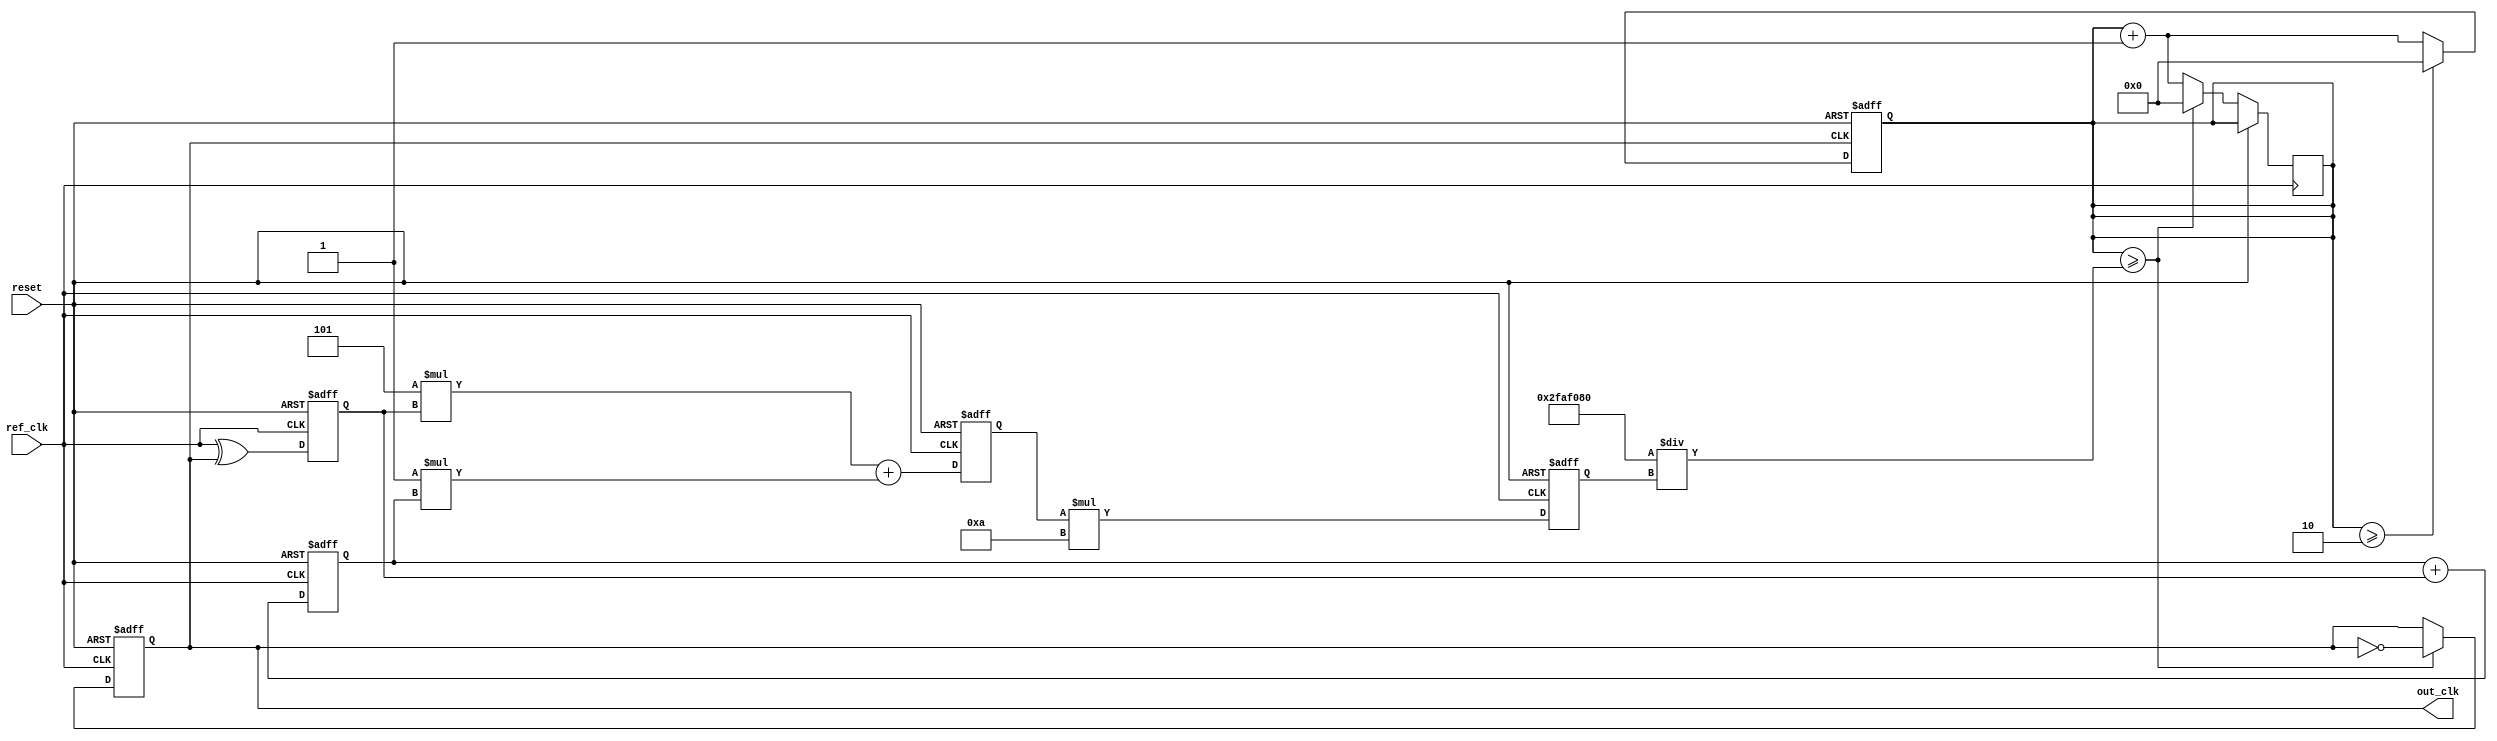
module parameterized_pll #(
    parameter REF_FREQ = 50_000_000,     // Reference frequency in Hz
    parameter OUT_FREQ = 100_000_000,     // Desired output frequency in Hz
    parameter DIV_RATIO = OUT_FREQ / REF_FREQ, // Feedback division ratio
    parameter LOOP_FILTER_KP = 5,          // Proportional gain
    parameter LOOP_FILTER_KI = 1,          // Integral gain
    parameter VCO_SENSITIVITY = 10          // VCO sensitivity (Hz/V)
)(
    input wire ref_clk,                     // Reference clock input
    input wire reset,                       // Reset signal
    output reg out_clk                      // Output clock
);

    reg [31:0] vco_frequency;               // Current VCO frequency
    reg [31:0] control_voltage;              // Control voltage for VCO
    reg error_signal;                       // Error signal from phase detector
    reg [31:0] integral;                    // Integral value for loop filter
    reg [31:0] feedback_count;              // Feedback clock count
    reg [31:0] divider;                     // Divider value for feedback

    // Phase Detector: Simple XOR for detecting phase difference
    always @(posedge ref_clk or posedge reset) begin
        if (reset) begin
            error_signal <= 0;
        end else begin
            // Assuming feedback_count is toggled by the output clock
            error_signal <= ref_clk ^ out_clk; // Example phase detection
        end
    end

    // Loop Filter: Simple PI controller
    always @(posedge ref_clk or posedge reset) begin
        if (reset) begin
            integral <= 0;
            control_voltage <= 0;
        end else begin
            integral <= integral + error_signal; // Integrate error signal
            control_voltage <= (LOOP_FILTER_KP * error_signal) + (LOOP_FILTER_KI * integral);
        end
    end

    // VCO: Generates output clock based on control voltage
    always @(posedge ref_clk or posedge reset) begin
        if (reset) begin
            vco_frequency <= 0;
            out_clk <= 0;
        end else begin
            // Adjust frequency based on control voltage
            vco_frequency <= control_voltage * VCO_SENSITIVITY;

            // Generate output clock based on vco_frequency and dividing by divider
            if (feedback_count >= (REF_FREQ / vco_frequency)) begin
                out_clk <= ~out_clk;
                feedback_count <= 0;
            end else begin
                feedback_count <= feedback_count + 1;
            end
        end
    end

    // Feedback Divider: Limit condition for feedback count
    always @(posedge out_clk or posedge reset) begin
        if (reset) begin
            feedback_count <= 0;
        end else begin
            if (feedback_count >= DIV_RATIO) begin
                feedback_count <= 0; // Reset feedback count
            end else begin
                feedback_count <= feedback_count + 1; // Increment feedback count
            end
        end
    end

endmodule